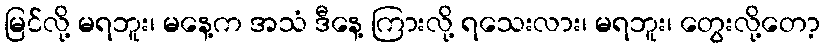
မြင်လို့ မရဘူး၊ မနေ့က အသံ ဒီနေ့ ကြားလို့ ရသေးလား၊ မရဘူး၊ တွေးလို့တော့